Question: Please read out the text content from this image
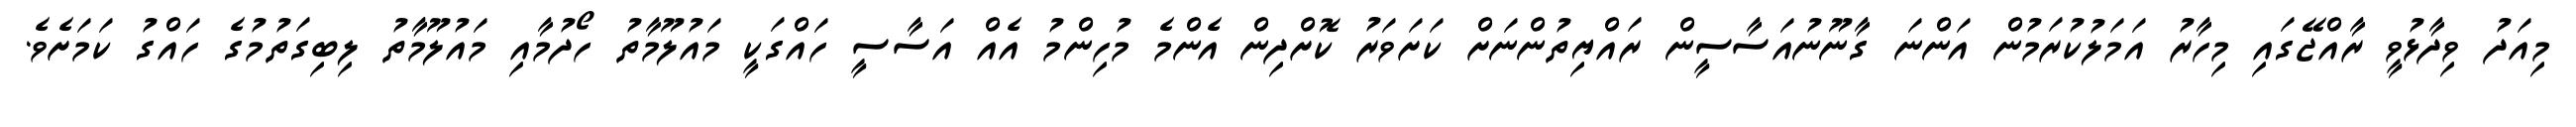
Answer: މިއަދު ވިދާޅުވީ ރާއްޖޭގައި މިހާރު އަމަލުކުރަމުން އަންނަ ގާނޫނުއަސާސީން ރައްޔިތުންނަށް ކަށަވަރު ކޮށްދިން އެންމެ މުހިންމު އެއް އަސާސީ ހައްގަކީ މައުލޫމާތު ހޯދުމާއި މައުލޫމާތު ލިބިގަތުމުގެ ހައްގު ކަމަށެވެ.